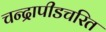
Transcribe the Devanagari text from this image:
चन्द्रापीडचरित